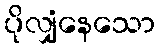
ပိုလျှံနေသော